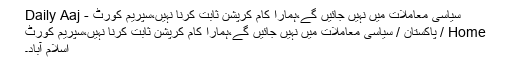
سیاسی معاملات میں نہیں جائیں گے،ہمارا کام کرپشن ثابت کرنا نہیں،سپریم کورٹ - Daily Aaj
Home / پاکستان / سیاسی معاملات میں نہیں جائیں گے،ہمارا کام کرپشن ثابت کرنا نہیں،سپریم کورٹ
اسلام آباد۔